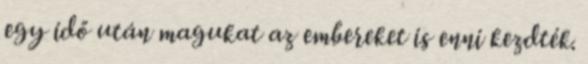
egy idő után magukat az embereket is enni kezdték.